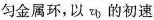
匀金属环，以υ_{b}的初速